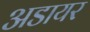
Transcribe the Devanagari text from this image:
अडायर